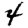
Digit: 4